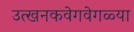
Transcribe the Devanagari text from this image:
उत्खनकवेगवेगळ्या